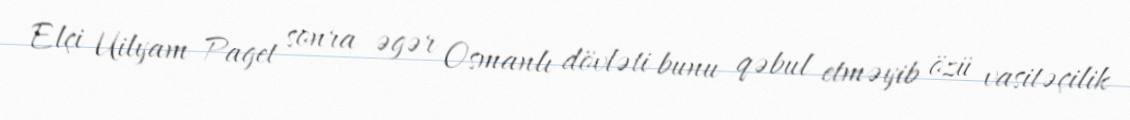
Elçi Uilyam Paget sonra əgər Osmanlı dövləti bunu qəbul etməyib özü vasitəçilik